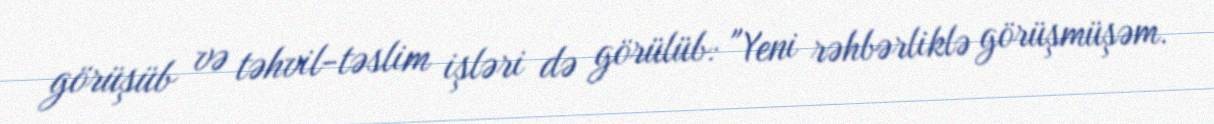
görüşüb və təhvil-təslim işləri də görülüb: "Yeni rəhbərliklə görüşmüşəm.